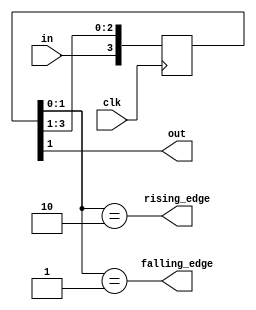
/*
This file is part of verilog-buildingblocks,
by David R. Piegdon <dgit@piegdon.de>

verilog-buildingblocks is free software: you can redistribute it and/or modify
it under the terms of the GNU General Public License as published by
the Free Software Foundation, either version 3 of the License, or
(at your option) any later version.

verilog-buildingblocks is distributed in the hope that it will be useful,
but WITHOUT ANY WARRANTY; without even the implied warranty of
MERCHANTABILITY or FITNESS FOR A PARTICULAR PURPOSE.  See the
GNU General Public License for more details.

You should have received a copy of the GNU General Public License
along with verilog-buildingblocks.  If not, see <https://www.gnu.org/licenses/>.
*/

`default_nettype none

/* Synchronizes a signal to a clockdomain using a shift register.
 * Also provides signals @rising_edge and @falling_edge exactly timed to @out.
 * @out was at least shifted through one FF (if EXTRA_DEPTH=0), but the
 * amount can be increased by increasing EXTRA_DEPTH. */
module synchronizer(input wire clk, input wire in, output wire out, output wire rising_edge, output wire falling_edge);

	parameter EXTRA_DEPTH = 1;
	parameter START_HISTORY = 0;

	reg [2 + EXTRA_DEPTH : 0] history = START_HISTORY;
	// NOTE that [max] is input, [1] is present and [0] lies in the past.

	assign out = history[1];
	assign rising_edge  = (history[1:0] == 2'b10);
	assign falling_edge = (history[1:0] == 2'b01);

	always @(posedge clk) begin
		history <= { in, history[2+EXTRA_DEPTH : 1] };
	end
endmodule